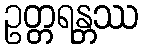
ဥတ္တရန္တဿ